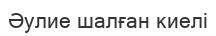
Әулие шалған киелі